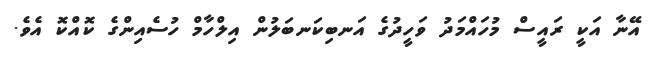
އޭނާ އަކީ ރައީސް މުހައްމަދު ވަހީދުގެ އަނބިކަނބަލުން އިލްހާމް ހުސެއިންގެ ކޮއްކޮ އެވެ.